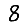
Digit: 8